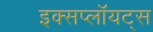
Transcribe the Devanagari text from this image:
इक्सप्लॉयट्स